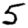
Digit: 5